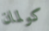
كولمان